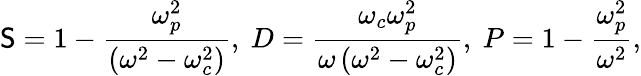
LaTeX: \mathsf{S}=1-\frac{{\omega_{p}^{2}}}{{\left(\omega^{2}-\omega_{c}^{2}\right)}},\ D=\frac{{\omega_{c}\omega_{p}^{2}}}{{\omega\left(\omega^{2}-\omega_{c}^{2}\right)}},\ P=1-\frac{{\omega_{p}^{2}}}{{\omega^{2}}},